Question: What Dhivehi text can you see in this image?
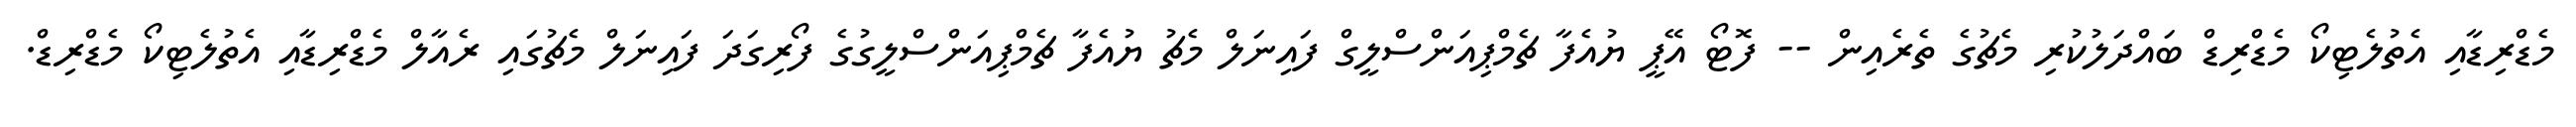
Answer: މެޑްރިޑާއި އެތުލެޓިކޯ މެޑްރިޑް ބައްދަލުކުރި މެޗުގެ ތެރެއިން -- ފޮޓޯ އޭޕީ ޔުއެފާ ޗެމްޕިއަންސްލީގް ފައިނަލް މެޗު ޔުއެފާ ޗެމްޕިއަންސްލީގުގެ ފޯރިގަދަ ފައިނަލް މެޗުގައި ރެއާލް މެޑްރިޑާއި އެތުލެޓިކޯ މެޑްރިޑް.